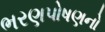
ભરણપોષણનો